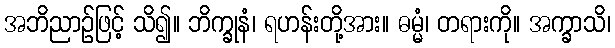
အဘိညာဉ်ဖြင့် သိ၍။ ဘိက္ခုနံ၊ ရဟန်းတို့အား။ ဓမ္မံ၊ တရားကို။ အက္ခာသိ၊